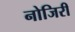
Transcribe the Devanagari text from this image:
नोजिरी